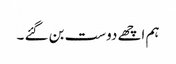
ہم اچھے دوست بن گئے ۔